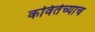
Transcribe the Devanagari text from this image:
कवितेच्याच